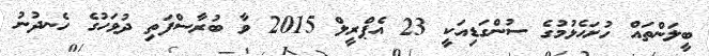
ބީލަންތައް ހުށަހެޅުމުގެ ސުންގަޑިއަކީ 23 އެޕްރީލް 2015 ވާ ބުރާސްފަތި ދުވަހުގެ ހެނދުނު